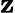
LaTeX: \textit{\textbf{z}}